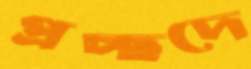
প্রচ্ছদে